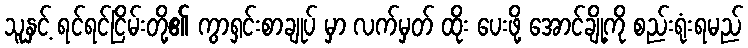
သူနှင့် ရင်ရင်ငြိမ်းတို့၏ ကွာရှင်းစာချုပ် မှာ လက်မှတ် ထိုး ပေးဖို့ အောင်ချို့ကို စည်းရုံးရမည်